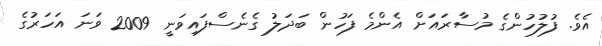
އެވެ. ފުލުހުންގެ މުސާރައަށް އެންމެ ފަހުން ބަދަލު ގެނެސްފައިވަނީ 2009 ވަނަ އަހަރުގެ